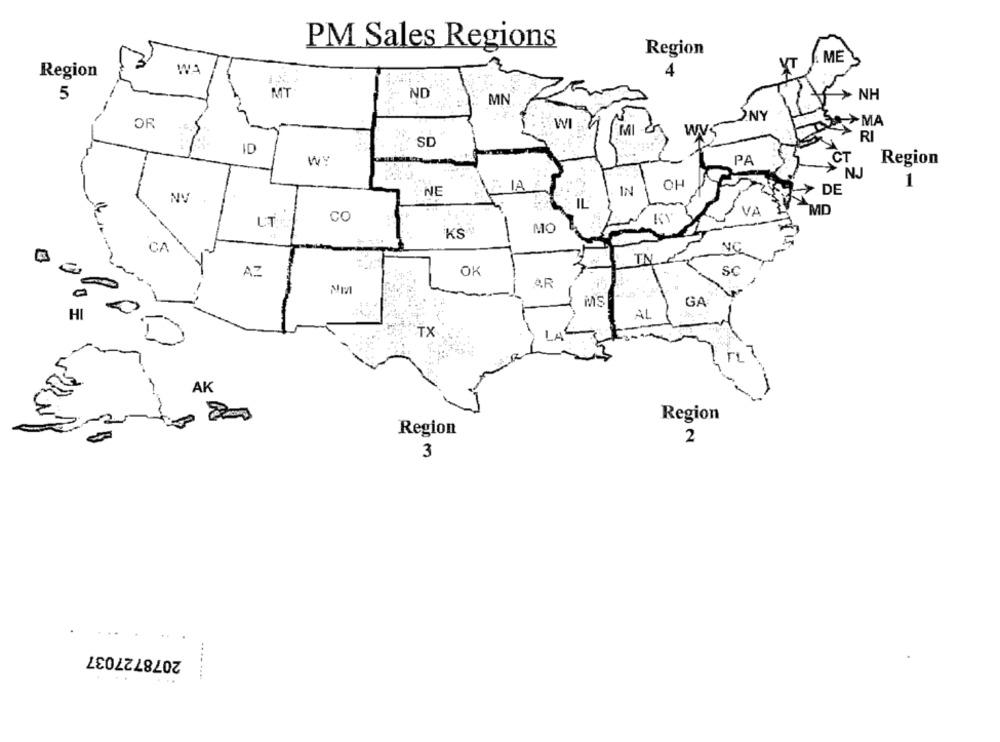
PM Sales Regions
Region
ME
Region
5
MT
ND
> NH
MN
NY
OR
>MA
WI
MI
WI
SD
RI
ID
W:
PA
Region
NJ
OH
1
NE
IN
DE
IL
VA
MD
LT
CO
KS
MO
CA
TN
AZ
OK
SC
-
MS
GA
HI
AL
TX
AK
Region
Region
2
3
2078727037